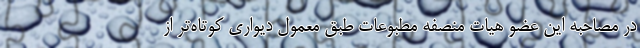
در مصاحبه این عضو هیات منصفه مطبوعات طبق معمول دیواری کوتاه‌تر از